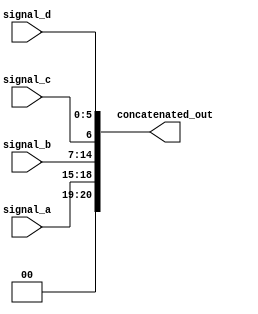
module concatenation_example (
    input wire [3:0] signal_a,     // 4-bit input signal
    input wire [7:0] signal_b,     // 8-bit input signal
    input wire       signal_c,      // 1-bit input signal
    input wire [5:0] signal_d,     // 6-bit input signal
    output wire [20:0] concatenated_out // Output size is 4 + 8 + 1 + 6 = 19 bits
);

// Continuous assignment for concatenation
assign concatenated_out = {signal_a, signal_b, signal_c, signal_d};

endmodule